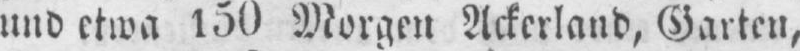
und etwa 130 Morgen Ackerland, Garten,